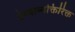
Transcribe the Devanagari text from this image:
देण्याव्यक्तिरिक्त